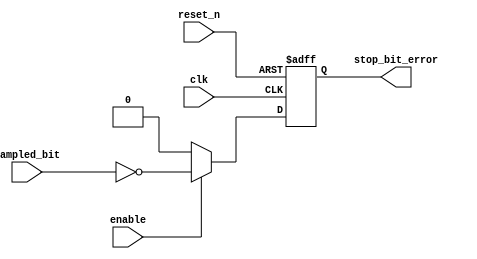
module stop_bit_checker (
	input clk,    // Clock
	input reset_n,  // Asynchronous reset active low
	input enable,
	input sampled_bit,
	output reg stop_bit_error
);

	always @(posedge clk or negedge reset_n) begin
		if(~reset_n) begin
			stop_bit_error <= 0;
		end 
		else if(enable) 
		begin
			stop_bit_error <= ~sampled_bit;
		end
		else 
			stop_bit_error <= 0;
	end
endmodule